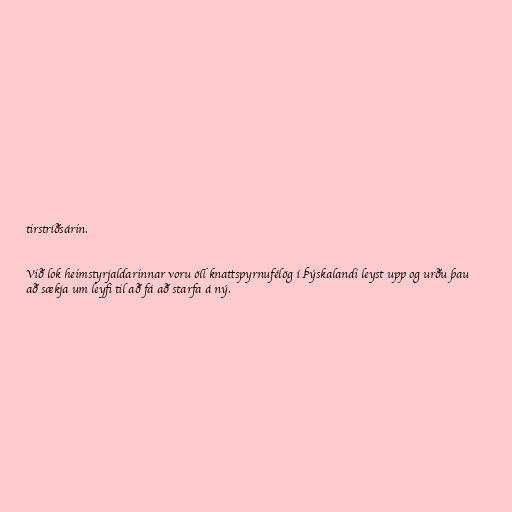
tirstríðsárin.

Við lok heimstyrjaldarinnar voru öll knattspyrnufélög í Þýskalandi leyst upp og urðu þau
að sækja um leyfi til að fá að starfa á ný.